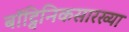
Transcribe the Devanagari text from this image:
बॉट्विनिकसारख्या